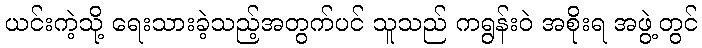
ယင်းကဲ့သို့ ရေးသားခဲ့သည့်အတွက်ပင် သူသည် ကရွန်းဝဲ အစိုးရ အဖွဲ့တွင်